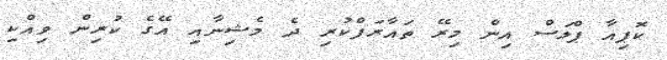
ކޮޕިއާ ޕްލަސް އިން މިރޭ ތައާރަފްކުރި ދެ މެޝިނާއި އޭގެ ކުރިން ވިއްކި